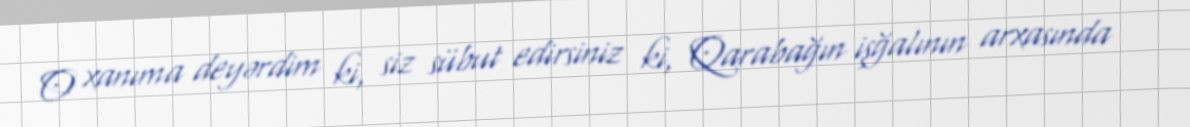
O xanıma deyərdim ki, siz sübut edirsiniz ki, Qarabağın işğalının arxasında